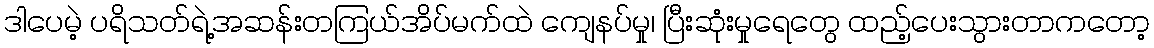
ဒါပေမဲ့ ပရိသတ်ရဲ့အဆန်းတကြယ်အိပ်မက်ထဲ ကျေနပ်မှု၊ ပြီးဆုံးမှုရေတွေ ထည့်ပေးသွားတာကတော့